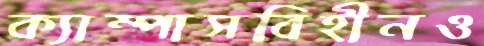
ক্যাম্পাসবিহীনও